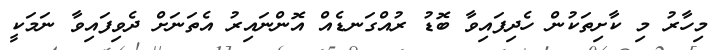
މިހާރު މި ކާށިތަކުން ހެދިފައިވާ ބޮޑު ރުއްގަނޑެއް އޮންނައިރު އެތަނަށް ދެވިފައިވާ ނަމަކީ